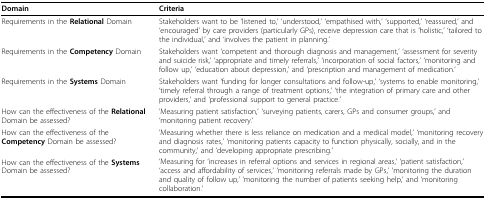
<table><thead><tr><td><b>Domain</b></td><td><b>Criteria</b></td></tr></thead><tbody><tr><td>Requirements in the <b>Relational </b>Domain</td><td>Stakeholders want to be &#x27;listened to,&#x27; &#x27;understood,&#x27; &#x27;empathised with,&#x27; &#x27;supported,&#x27; &#x27;reassured,&#x27; and &#x27;encouraged&#x27; by care providers (particularly GPs), receive depression care that is &#x27;holistic,&#x27; &#x27;tailored to the individual,&#x27; and &#x27;involves the patient in planning.&#x27;</td></tr><tr><td>Requirements in the <b>Competency </b>Domain</td><td>Stakeholders want &#x27;competent and thorough diagnosis and management,&#x27; &#x27;assessment for severity and suicide risk,&#x27; &#x27;appropriate and timely referrals,&#x27; &#x27;incorporation of social factors,&#x27; &#x27;monitoring and follow up,&#x27; &#x27;education about depression,&#x27; and &#x27;prescription and management of medication.&#x27;</td></tr><tr><td>Requirements in the <b>Systems </b>Domain</td><td>Stakeholders want &#x27;funding for longer consultations and follow-up,&#x27; &#x27;systems to enable monitoring,&#x27; &#x27;timely referral through a range of treatment options,&#x27; &#x27;the integration of primary care and other providers,&#x27; and &#x27;professional support to general practice.&#x27;</td></tr><tr><td>How can the effectiveness of the <b>Relational </b>Domain be assessed?</td><td>&#x27;Measuring patient satisfaction,&#x27; &#x27;surveying patients, carers, GPs and consumer groups,&#x27; and &#x27;monitoring patient recovery.&#x27;</td></tr><tr><td>How can the effectiveness of the <b>Competency </b>Domain be assessed?</td><td>&#x27;Measuring whether there is less reliance on medication and a medical model,&#x27; &#x27;monitoring recovery and diagnosis rates,&#x27; &#x27;monitoring patients capacity to function physically, socially, and in the community,&#x27; and &#x27;developing appropriate prescribing.&#x27;</td></tr><tr><td>How can the effectiveness of the <b>Systems </b>Domain be assessed?</td><td>&#x27;Measuring for &#x27;increases in referral options and services in regional areas,&#x27; &#x27;patient satisfaction,&#x27; &#x27;access and affordability of services,&#x27; &#x27;monitoring referrals made by GPs,&#x27; &#x27;monitoring the duration and quality of follow up,&#x27; &#x27;monitoring the number of patients seeking help,&#x27; and &#x27;monitoring collaboration.&#x27;</td></tr></tbody></table>